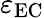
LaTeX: \varepsilon_{\mathrm{EC}}